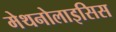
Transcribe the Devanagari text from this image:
मेथनोलाइसिस